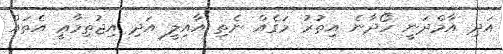
އަދި އާމްދަނީ ހޯދާނެ އިތުރު މަގެއް ނެތި އާއިލީ އަދި އިޖުތިމާޢީ އެތައް